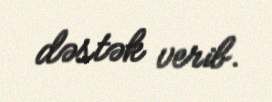
dəstək verib.